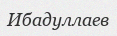
Ибадуллаев